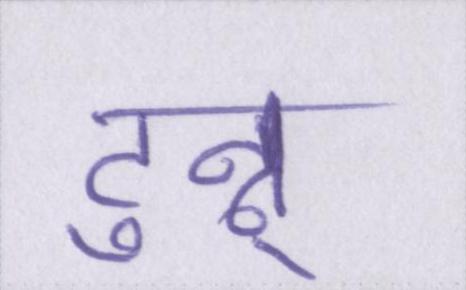
टुन्नू